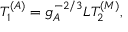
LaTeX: T _ { 1 } ^ { ( A ) } = g _ { A } ^ { - 2 / 3 } L T _ { 2 } ^ { ( M ) } ,